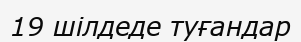
19 шілдеде туғандар